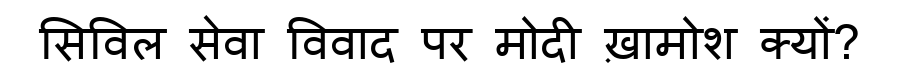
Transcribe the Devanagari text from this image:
सिविल सेवा विवाद पर मोदी ख़ामोश क्यों?